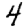
Digit: 4